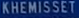
KHEMISSET